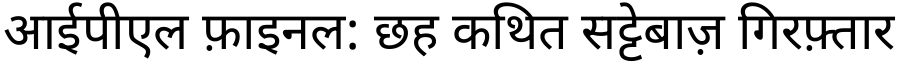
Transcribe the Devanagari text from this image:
आईपीएल फ़ाइनल: छह कथित सट्टेबाज़ गिरफ़्तार